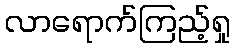
လာရောက်ကြည့်ရှု